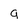
Character: 9